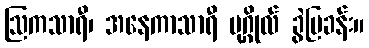
ဩကသာရီ၊ အနေကာသာရီ ပုဂ္ဂိုလ် ခွဲပြခန်း။